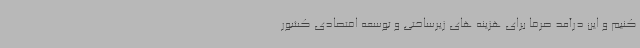
کنیم و این درآمد صرفا برای هزینه های زیرساختی و توسعه اقتصادی کشور